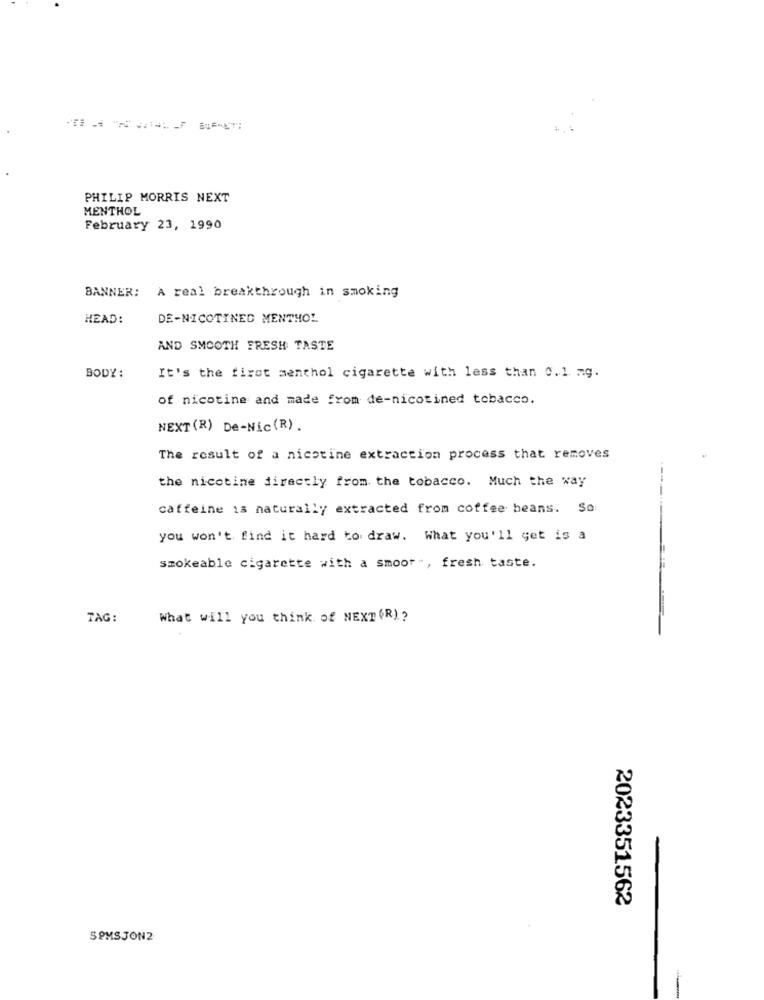
PHILIP MORRIS NEXT
MENTHOL
February 23, 1990
BANNER: A real breakthrough in smoking
HEAD:
DE-NICOTINED MENTHOL
AND SMOOTH FRESH TASTE
BODY:
It's the first menthol cigarette with less than 0.1 mg.
of nicotine and made from de-nicotined tobacco.
NEXT (R) De-Nic(R).
The result of a nicotine extraction process that removes
the nicotine directly from the tobacco. Much the way
----
caffeine is naturally extracted from coffee beans. So
you won't find it hard to draw. What you'll get is a
smokeable cigarette with a smoor ", fresh taste.
TAG:
What will you think of NEXT (R) ?
2023351562
SOMSJON2